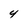
Character: 4